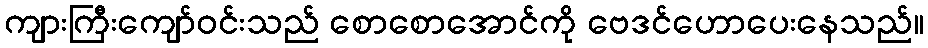
ကျားကြီးကျော်ဝင်းသည် စောစောအောင်ကို ဗေဒင်ဟောပေးနေသည်။